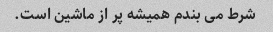
شرط می بندم همیشه پر از ماشین است.